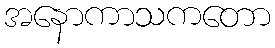
အနောကာသကတော